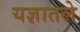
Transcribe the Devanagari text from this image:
यज्ञातले